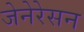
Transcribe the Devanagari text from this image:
जेनेरेसन